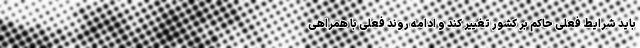
باید شرایط فعلی حاکم بر کشور تغییر کند و ادامه روند فعلی با همراهی